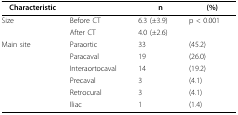
<table><thead><tr><td><b>Characteristic</b></td><td>[EMPTY_CELL]</td><td><b>n</b></td><td><b>(%)</b></td></tr></thead><tbody><tr><td>Size</td><td>Before CT</td><td>6.3 (±3.9)</td><td>p &lt; 0.001</td></tr><tr><td>[EMPTY_CELL]</td><td>After CT</td><td>4.0 (±2.6)</td><td>[EMPTY_CELL]</td></tr><tr><td>Main site</td><td>Paraortic</td><td>33</td><td>(45.2)</td></tr><tr><td>[EMPTY_CELL]</td><td>Paracaval</td><td>19</td><td>(26.0)</td></tr><tr><td>[EMPTY_CELL]</td><td>Interaortocaval</td><td>14</td><td>(19.2)</td></tr><tr><td>[EMPTY_CELL]</td><td>Precaval</td><td>3</td><td>(4.1)</td></tr><tr><td>[EMPTY_CELL]</td><td>Retrocural</td><td>3</td><td>(4.1)</td></tr><tr><td>[EMPTY_CELL]</td><td>Iliac</td><td>1</td><td>(1.4)</td></tr></tbody></table>